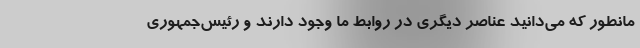
مانطور که می‌دانید عناصر دیگری در روابط ما وجود دارند و رئیس‌جمهوری